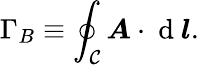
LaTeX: \Gamma_{B}\equiv\oint_{\mathcal{C}}\boldsymbol{A}\cdot\mathrm{{~d~}}\boldsymbol{l}.